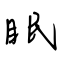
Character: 眠